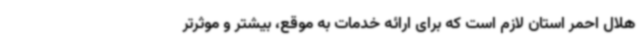
هلال احمر استان لازم است که برای ارائه خدمات به موقع، بیشتر و موثرتر